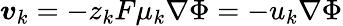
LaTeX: \boldsymbol{v}_{k}=-z_{k}F\mu_{k}\nabla\Phi=-u_{k}\nabla\Phi